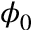
\phi _ { 0 }